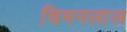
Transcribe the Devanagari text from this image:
चिमनलाल